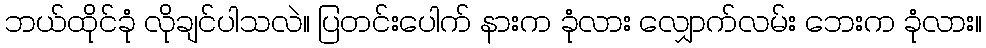
ဘယ်ထိုင်ခုံ လိုချင်ပါသလဲ။ ပြတင်းပေါက် နားက ခုံလား လျှောက်လမ်း ဘေးက ခုံလား။